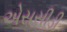
એસસીડી